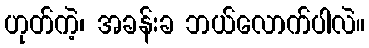
ဟုတ်ကဲ့၊ အခန်းခ ဘယ်လောက်ပါလဲ။